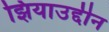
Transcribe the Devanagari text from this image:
झियाउद्दीन